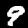
Label: 9